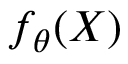
f _ { \theta } ( X )